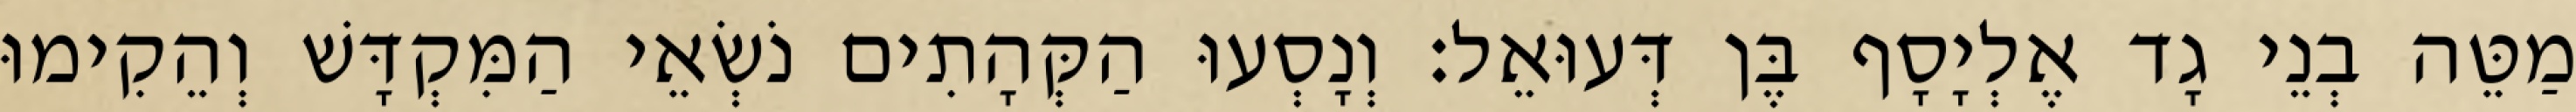
מַטֵּה בְנֵי גָד אֶלְיָסָף בֶּן דְּעוּאֵל׃ וְנָסְעוּ הַקְּהָתִים נֹשְׂאֵי הַמִּקְדָּשׁ וְהֵקִימוּ